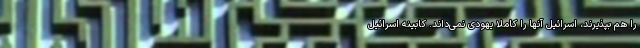
را هم بپذیرند، اسرائیل آنها را کاملا یهودی نمی‌داند. کابینه اسرائیل